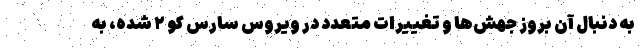
به دنبال آن بروز جهش‌ها و تغییرات متعدد در ویروس سارس کو ۲ شده، به